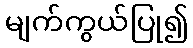
မျက်ကွယ်ပြု၍